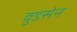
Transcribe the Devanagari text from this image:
वुडसेन